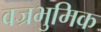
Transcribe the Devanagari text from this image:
वज्रभुमिक